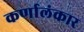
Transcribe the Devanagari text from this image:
कर्णालंकार